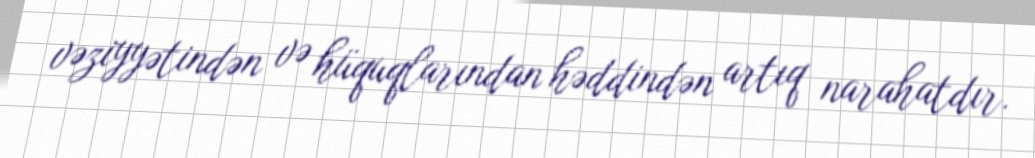
vəziyyətindən və hüquqlarından həddindən artıq narahatdır.